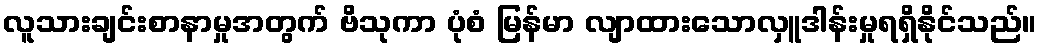
လူသားချင်းစာနာမှုအတွက် ဗိသုကာ ပုံစံ မြန်မာ လျာထားသောလှူဒါန်းမှုရရှိနိုင်သည်။